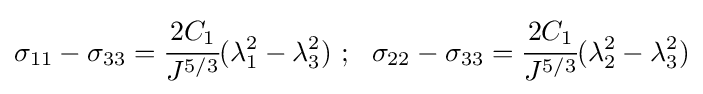
\sigma _{11}-\sigma _{33}={\cfrac {2C_{1}}{J^{5/3}}}(\lambda _{1}^{2}-\lambda _{3}^{2})~;~~\sigma _{22}-\sigma _{33}={\cfrac {2C_{1}}{J^{5/3}}}(\lambda _{2}^{2}-\lambda _{3}^{2})